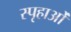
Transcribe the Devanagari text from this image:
स्पृहाओं